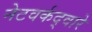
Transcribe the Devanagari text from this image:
नेटवर्कद्वारे